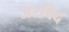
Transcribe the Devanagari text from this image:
अरविद